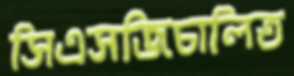
সিএসজিচালিত